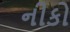
નીકો